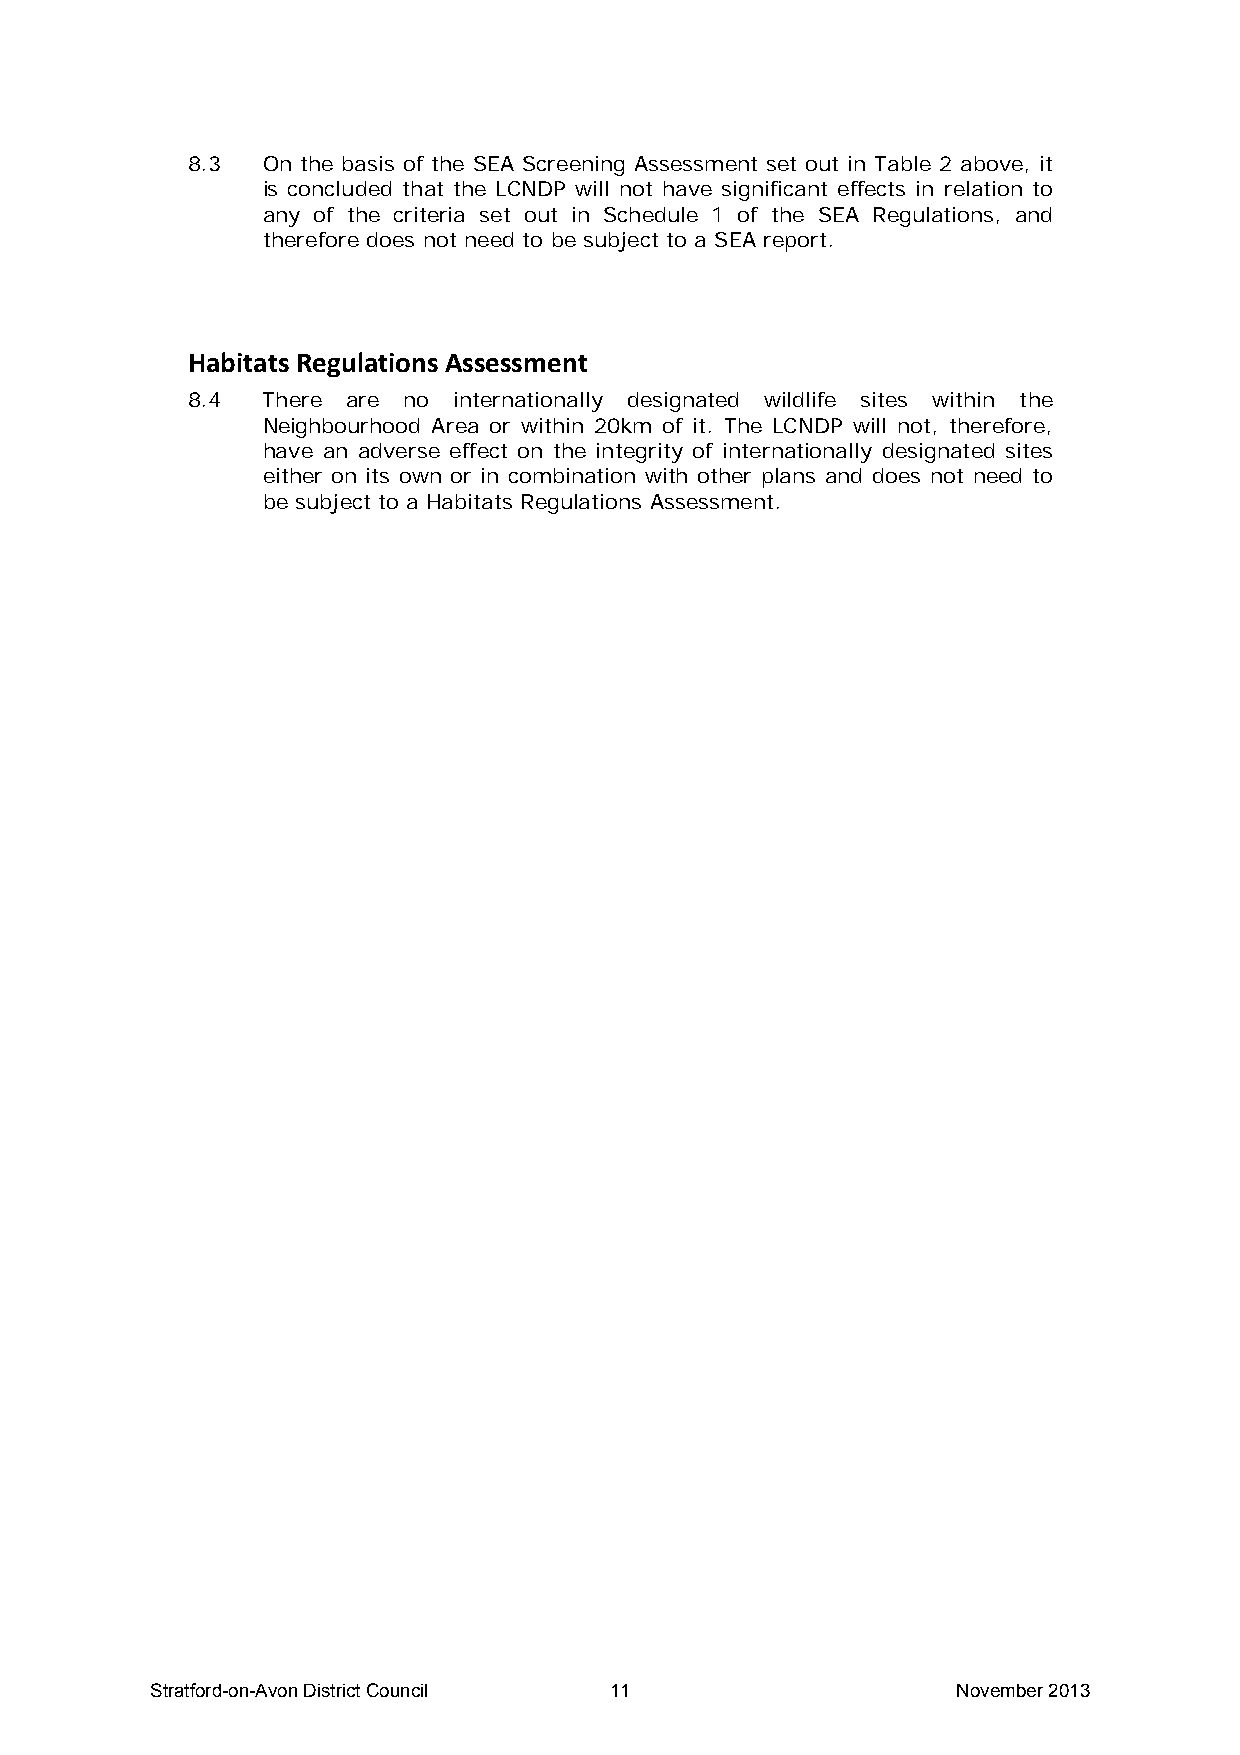
8.3  On the basis of the SEA Screening Assessment set out in Table 2 above, it
 is concluded that the LCNDP will not have significant effects in relation to
 any of the criteria set out in Schedule 1 of the SEA Regulations, and
 therefore does not need to be subject to a SEA report.
 Habitats Regulations Assessment
 8.4  There are no internationally designated wildlife sites within the
 Neighbourhood Area or within 20km of it. The LCNDP will not, therefore,
 have an adverse effect on the integrity of internationally designated sites
 either on its own or in combination with other plans and does not need to
 be subject to a Habitats Regulations Assessment.
 Stratford-on-Avon District Council 11                November 2013